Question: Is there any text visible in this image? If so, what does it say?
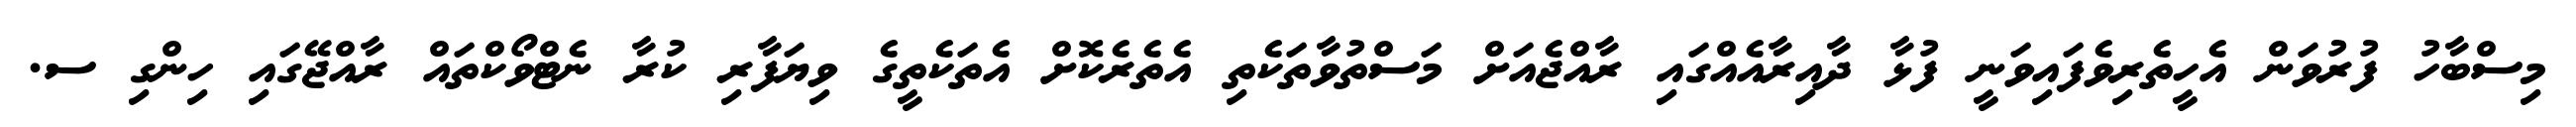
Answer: މިސްބާހު ފުރުވަން އެހީތެރިވެފައިވަނީ ފުޅާ ދާއިރާއެއްގައި ރާއްޖެއަށް މަސްތުވާތަކެތި އެތެރެކޮށް އެތަކެތީގެ ވިޔަފާރި ކުރާ ނެޓްވޯކްތައް ރާއްޖޭގައި ހިންގި ސ.